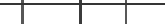
١